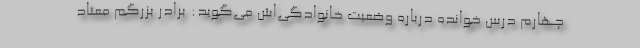
چهارم درس خوانده درباره وضعیت خانوادگی‌اش می‌گوید: برادر بزرگم معتاد